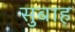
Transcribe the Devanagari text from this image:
सुबाह